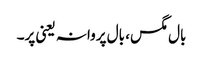
بال مگس، بال پروانہ یعنی پر۔